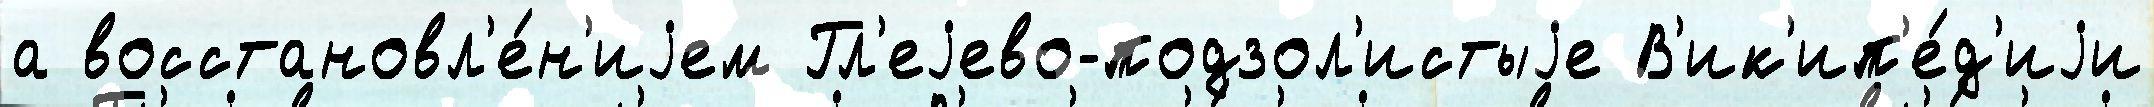
а восстановл'е́н'иjем Гл'еjево-подзол'истыjе В'ик'ип'е́д'иjи